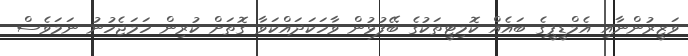
ވަޒީރުންނާއި އެމްޑީޕީގެ ބައެއް ކޮމިޓީތަކުގެ ބޭފުޅުން ވާހަކަދައްކަވާ ގޮތަށް ކުރިން ހަމަޖެހުނު ނަމަވެސް